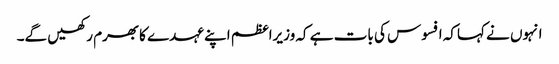
انہوں نے کہاکہ افسوس کی بات ہے کہ وزیراعظم اپنے عہدے کابھرم رکھیں گے۔